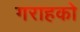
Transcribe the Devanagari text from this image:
गराहको